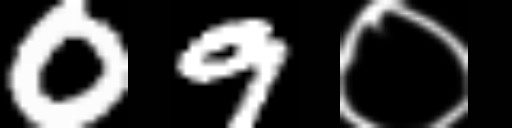
Text: 09०